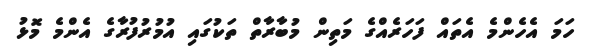
ހަމަ އެހެންމެ އެތައް ފަހަރެއްގެ މަތިން މުބާރާތް ތަކުގައި އުމުރުފުރާގެ އެންމެ މޮޅު